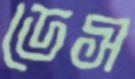
ডেস